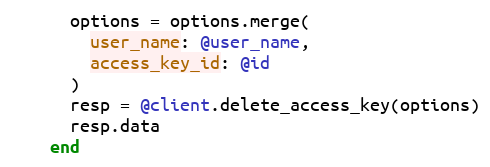
Language: Ruby
      options = options.merge(
        user_name: @user_name,
        access_key_id: @id
      )
      resp = @client.delete_access_key(options)
      resp.data
    end